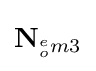
\mathbf {N} _{^{e}_{o}m3}